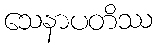
သေနာပတိဿ